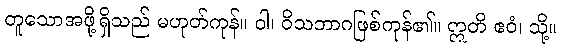
တူသောအဖို့ရှိသည် မဟုတ်ကုန်။ ဝါ၊ ဝိသဘာဂဖြစ်ကုန်၏။ ဣတိ ဧဝံ၊ သို့။